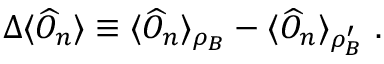
\Delta \langle \widehat { O } _ { n } \rangle \equiv \langle \widehat { O } _ { n } \rangle _ { \rho _ { B } } - \langle \widehat { O } _ { n } \rangle _ { \rho _ { B } ^ { \prime } } \ .